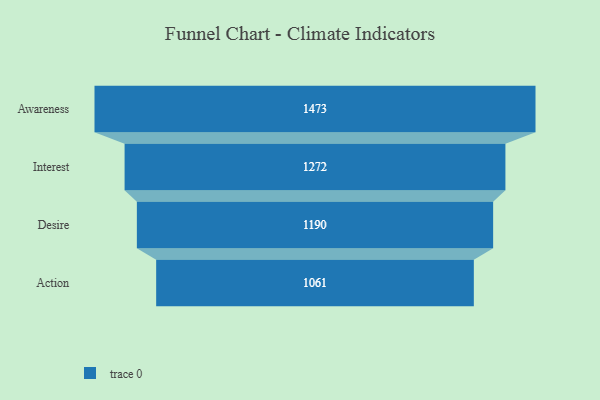
{"axis": {"x": "Stage", "y": "Value"}, "legend": [""], "data": [{"x": "Awareness", "y": 1473.0, "type": ""}, {"x": "Interest", "y": 1272.0, "type": ""}, {"x": "Desire", "y": 1190.0, "type": ""}, {"x": "Action", "y": 1061.0, "type": ""}]}